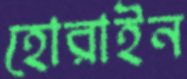
হোরাইন